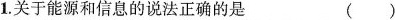
1.关于能源和信息的说法正确的是（ ）